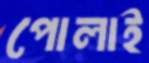
পোলাই